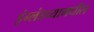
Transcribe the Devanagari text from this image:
इंग्लंडच्यामधील